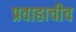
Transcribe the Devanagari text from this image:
प्रवाहाचीच